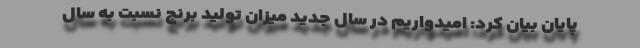
پایان بیان کرد: امیدواریم در سال جدید میزان تولید برنج نسبت به سال